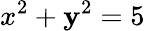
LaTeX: x^{2}+\mathbf{y}^{2}=5